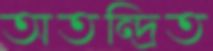
অতন্দ্রিত